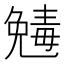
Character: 𠒾